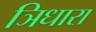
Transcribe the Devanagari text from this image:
ञिधारा